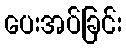
ပေးအပ်ခြင်း